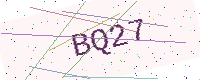
Text: BQ27